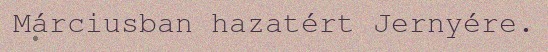
Márciusban hazatért Jernyére.